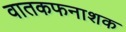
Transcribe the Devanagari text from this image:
वातकफनाशक